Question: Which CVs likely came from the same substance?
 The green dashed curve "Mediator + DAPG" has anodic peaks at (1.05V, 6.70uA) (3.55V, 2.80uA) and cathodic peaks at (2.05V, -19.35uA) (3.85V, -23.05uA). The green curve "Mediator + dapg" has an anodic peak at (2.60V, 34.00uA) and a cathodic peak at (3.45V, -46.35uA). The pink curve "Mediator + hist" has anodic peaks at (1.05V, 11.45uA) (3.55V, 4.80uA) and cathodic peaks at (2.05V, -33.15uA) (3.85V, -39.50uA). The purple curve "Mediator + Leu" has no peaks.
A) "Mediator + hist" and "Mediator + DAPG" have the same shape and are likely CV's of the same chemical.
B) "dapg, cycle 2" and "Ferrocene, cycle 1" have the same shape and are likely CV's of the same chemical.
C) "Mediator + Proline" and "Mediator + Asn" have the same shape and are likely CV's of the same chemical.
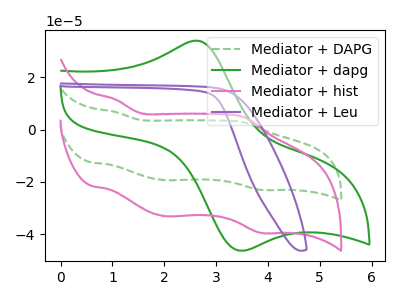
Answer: <think>"Mediator + DAPG" and "Mediator + dapg" have a different number of peaks. All the peaks in "Mediator + DAPG" have a peak in "Mediator + hist" at the same potential. Every peak in "Mediator + DAPG" is lower than every peak in "Mediator + hist". "Mediator + DAPG" and "Mediator + Leu" have a different number of peaks. "Mediator + dapg" and "Mediator + hist" have a different number of peaks. "Mediator + dapg" and "Mediator + Leu" have a different number of peaks. "Mediator + hist" and "Mediator + Leu" have a different number of peaks.
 </think>
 <answer>A) "Mediator + hist" and "Mediator + DAPG" have the same shape and are likely CV's of the same chemical.</answer>
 <eval>A</eval>